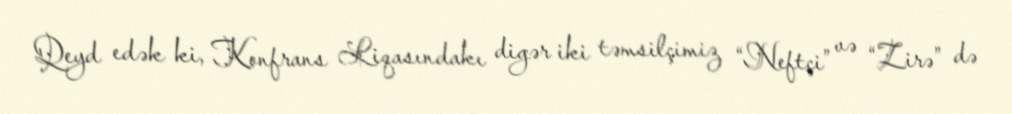
Qeyd edək ki, Konfrans Liqasındakı digər iki təmsilçimiz “Neftçi” və “Zirə” də